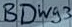
Text: BDWg3